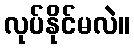
လုပ်နိုင်မလဲ။